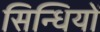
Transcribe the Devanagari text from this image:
सिन्धियों